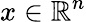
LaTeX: x\in\mathbb{R}^{n}